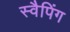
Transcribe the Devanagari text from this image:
स्वैपिंग